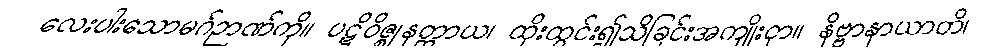
လေးပါးသောမဂ်ဉာဏ်ကို။ ပဋိဝိဇ္ဈနတ္ထာယ၊ ထိုးထွင်း၍သိခြင်းအကျိုးငှာ။ နိဗ္ဗာနာယာတိ၊